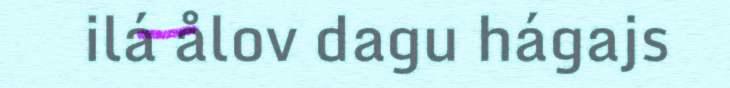
ilá ålov dagu hágajs